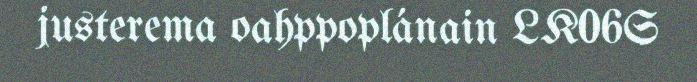
justerema oahppoplánain LK06S